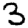
Digit: 3